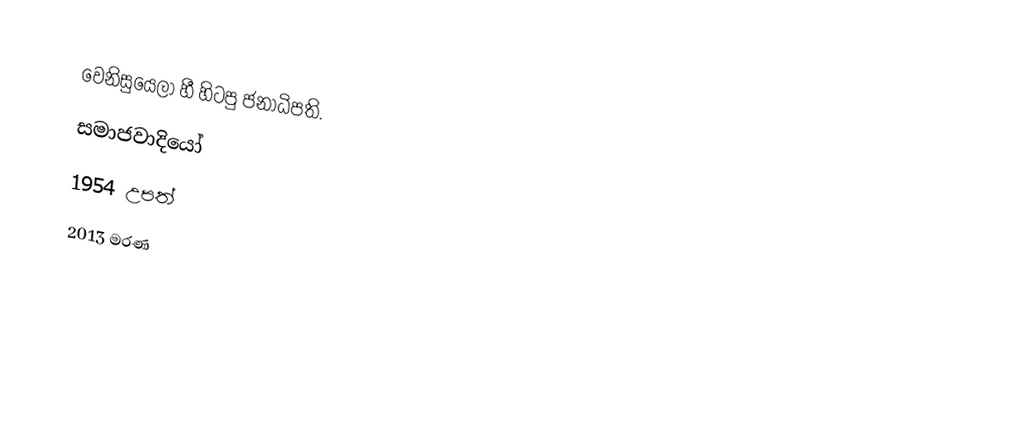
වෙනිසුයෙලා හී හිටපු ජනාධිපති.
සමාජවාදියෝ
1954 උපත්
2013 මරණ